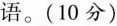
汉语。(10分)